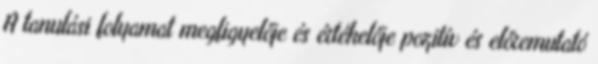
A tanulási folyamat megfigyelője és értékelője pozitív és előremutató